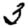
Digit: 3